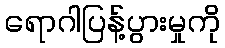
ရောဂါပြန့်ပွားမှုကို